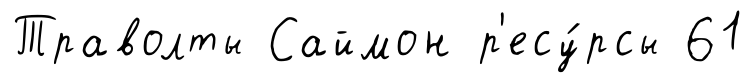
Траволты Саймон р'есу́рсы 61